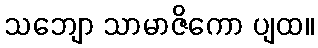
သဘျော သာမာဇိကော ပျထ။